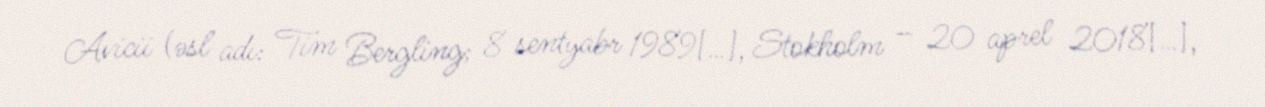
Avicii (əsl adı: Tim Bergling; 8 sentyabr 1989[…], Stokholm – 20 aprel 2018[…],